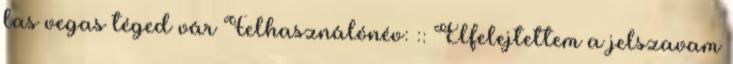
las vegas téged vár Felhasználónév: :: Elfelejtettem a jelszavam